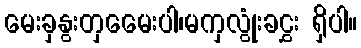
မေးခှနွးတှမေေးပါ၊မကှလွုံးခငွှး ရှိပါ။